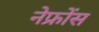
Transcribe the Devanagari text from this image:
नेफ्रोंस